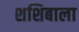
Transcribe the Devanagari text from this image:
शशिबाला